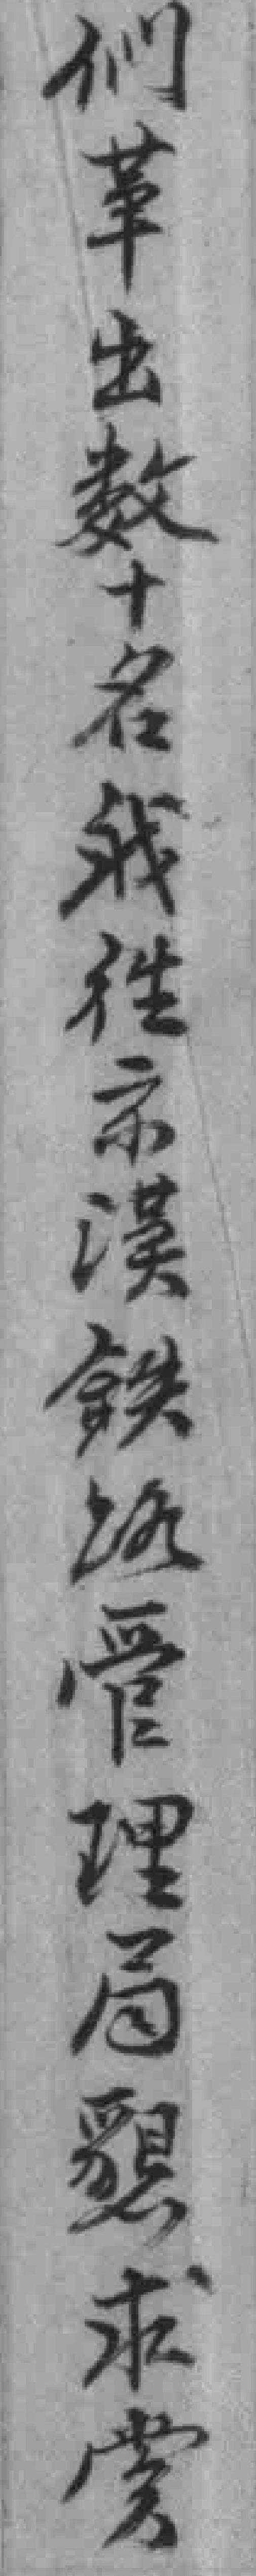
们革出数十名我徃京漢鉄路管理局懇求當